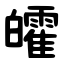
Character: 皬